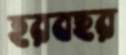
হরবছর